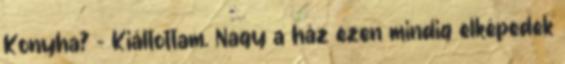
Konyha? – Kiáltottam. Nagy a ház ezen mindig elképedek